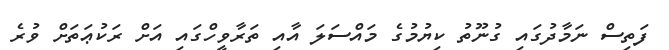
ފަތިސް ނަމާދުގައި ގުނޫތު ކިޔުމުގެ މައްސަލަ އާއި ތަރާވީހްގައި އަށް ރަކުޢަތަށް ވުރެ